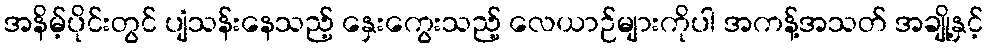
အနိမ့်ပိုင်းတွင် ပျံသန်းနေသည့် နှေးကွေးသည့် လေယာဉ်များကိုပါ အကန့်အသတ် အချို့နှင့်